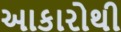
આકારોથી